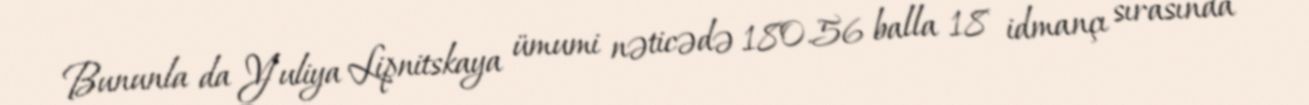
Bununla da Yuliya Lipnitskaya ümumi nəticədə 180.56 balla 18 idmançı sırasında